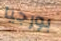
بورجيا